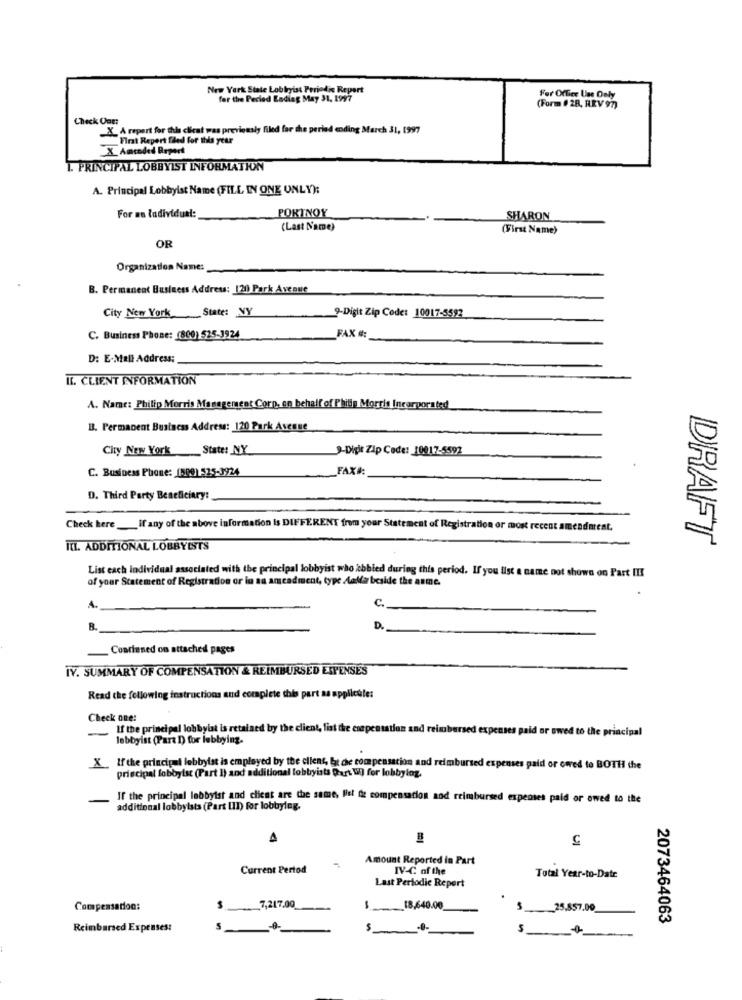
New York State Lobbyist Periodic Report
for the Period Lading May 31, 1997
For Office Use Only
(Form # 28, REV 97)
Check Out:
X_ A report for this client was previously filed for the period coding March 31, 1997
Firat Report filed for this year
X Antoded Brpert
I. PRINCIPAL LOBBYIST INFORMATION
A. Principal Lobbyist Name (FILL IN ONE ONLY):
PORTNOY
For an Individual:
SHARON
(Last Name)
(First Name)
OR
Organization Name:
B. Permanent Business Address: 120 Park Avenue
State: NY
City New York
9-Digit Zip Code: 10017-5592
FAX #:
C. Business Phone: (800) 525-3924
D: E-Mail Address;
IL. CLIENT INFORMATION
A. Name: Philip Morris Management Corp, on behalf of Philip Morris Incorporated
B. Permanent Business Address: 120 Park Avenue
City New York State: NY
9-Digit Zip Code: 10017-5592
C. Business Phone: (500) 525-3924
FAXA
D. Third Party Beneficiary:
Check here _if any of the above information is DIFFERENT from your Statement of Registration or most recent amendment.
III. ADDITIONAL LOBBYISTS
DRAFT
List each individual associated with the principal lobbyist who abbied during this period. If you list a name not shown on Part III
of your Statement of Registration or in sa amcadment, type Mala beside the anme.
A.
C.
B.
D
Conrinned on attached pages
IV. SUMMARY OF COMPENSATION & REIMBURSED ESPENSES
Read the following instructions and complete this part as applicate:
Check one:
If the principal lobbyist is retained by the client, list the compensation and reimbursed expenses paid or owed to the principal
-
lobbyist (Part D) for lobbying.
X If the principal lobbyist is employed by the client, bt che compensation and reimbursed expenses paid or owed to BOTH the
principal lobbyist (Part I) and additional lobbyists Part W) for lobbylog.
If the principal lobbyist and client are the same, Ist de compensation and reimbursed expenses paid or owed to the
additional lobbyists (Part III) for lobbylag.
5
Amount Reported in Part
Current Pertod
IV-C of the
Total Year-to-Date
Last Periodic Report
Compensation:
S 7,217.00
1 18,640.00
25.857.00
2073464063
Reimbursed Expenses: